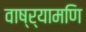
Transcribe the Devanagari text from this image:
वाष्र्यामणि